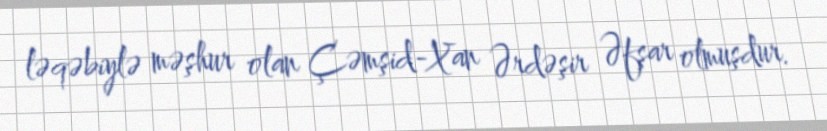
ləqəbiylə məşhur olan Çəmşid-Xan Ərdəşir Əfşar olmuşdur.